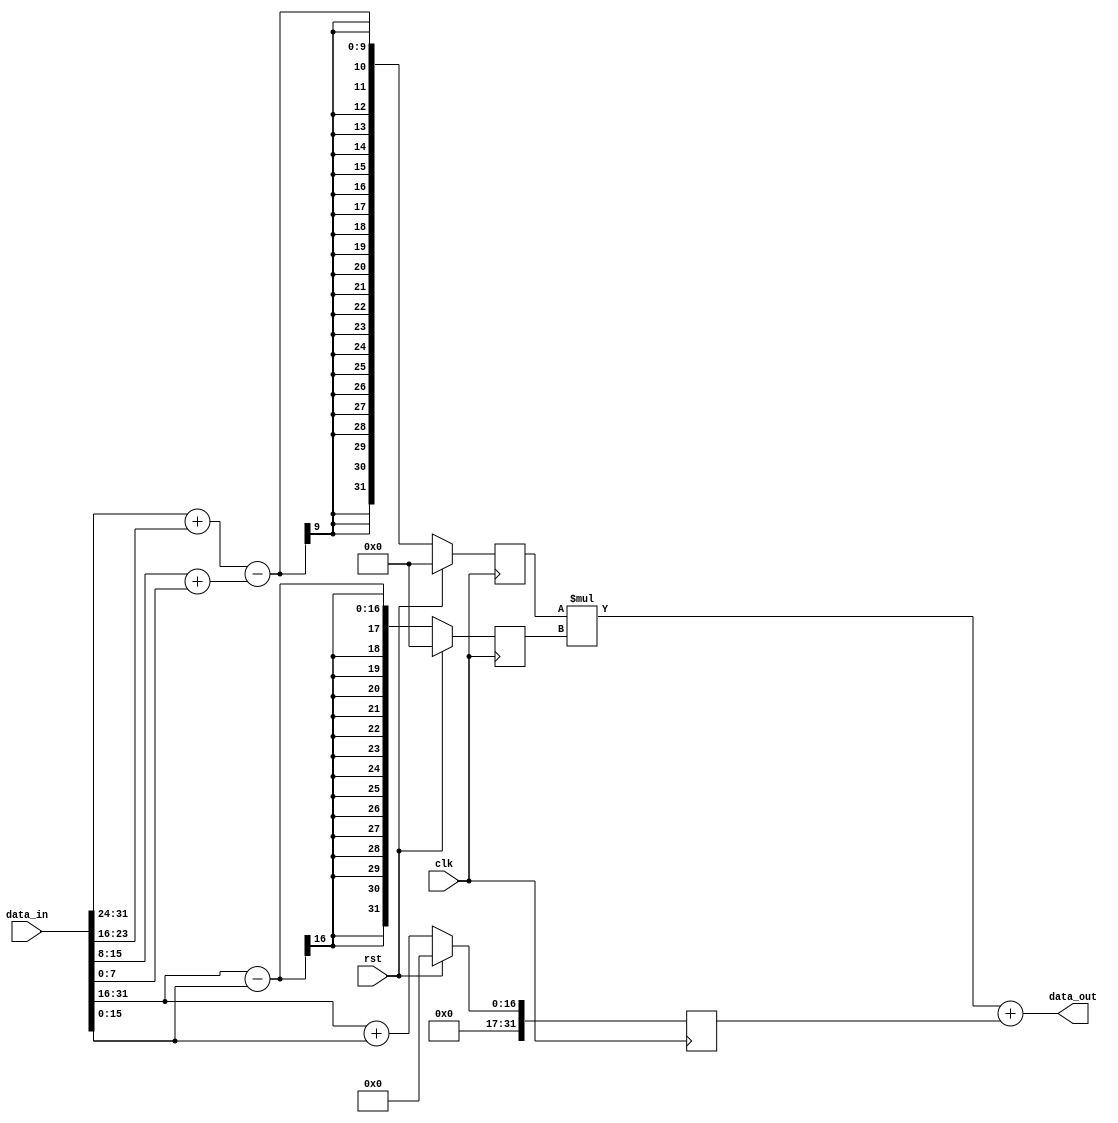
module large_adder 
#(parameter WIDTH=32)
(
input clk,
input rst,
input [WIDTH-1:0] data_in,
output [WIDTH-1:0] data_out);
 
reg [WIDTH-1:0] add_out_reg_0;
reg [WIDTH-1:0] add_out_reg_1;
reg [WIDTH-1:0] add_out_reg_2;

always@(posedge clk)
begin
if(rst)
begin
add_out_reg_0<=0;
add_out_reg_1<=0;
add_out_reg_2<=0;
end
else
begin
add_out_reg_0<=(data_in[WIDTH-1:WIDTH-8] + data_in[WIDTH-8-1:WIDTH-16])-(data_in[WIDTH-16-1:WIDTH-24] + data_in[WIDTH-24-1:0]);
add_out_reg_1<=(data_in[WIDTH-1:WIDTH-16] - data_in[WIDTH-16-1:0]); 
add_out_reg_2<=(data_in[WIDTH-1:WIDTH-16] + data_in[WIDTH-16-1:0]);
end
end
assign data_out = add_out_reg_0 * add_out_reg_1 + add_out_reg_2;

endmodule